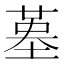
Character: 𡎸